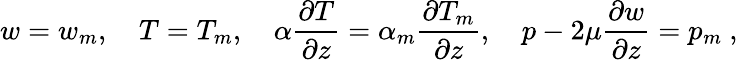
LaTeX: w=w_{m},\quad T=T_{m},\quad\alpha\frac{\partial T}{\partial z}=\alpha_{m}\frac{\partial T_{m}}{\partial z},\quad p-2\mu\frac{\partial w}{\partial z}=p_{m}~,